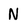
Character: N